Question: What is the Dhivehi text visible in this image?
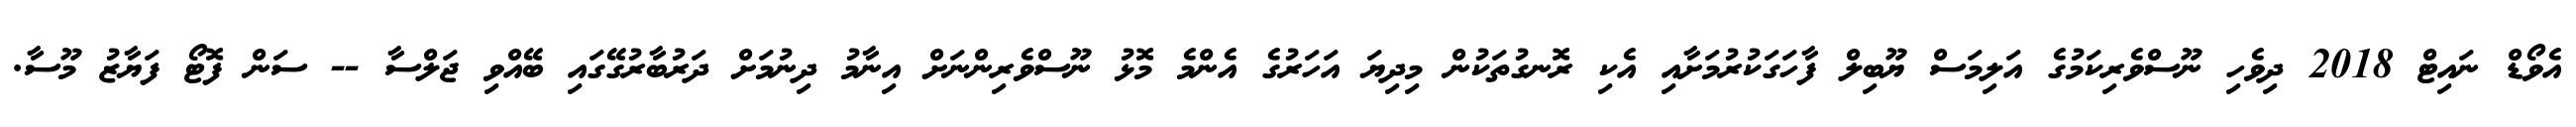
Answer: އެވޯޑް ނައިޓް 2018 ދިވެހި ނޫސްވެރިކަމުގެ އަލިމަސް ޔޫބިލް ފާހަގަކުރުމަށާއި އެކި ރޮނގުތަކުން މިދިޔަ އަހަރުގެ އެންމެ މޮޅު ނޫސްވެރިންނަށް އިނާމު ދިނުމަށް ދަރުބާރުގޭގައި ބޭއްވި ޖަލްސާ -- ސަން ފޮޓޯ ފަޔާޒު މޫސާ.